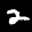
Label: 2